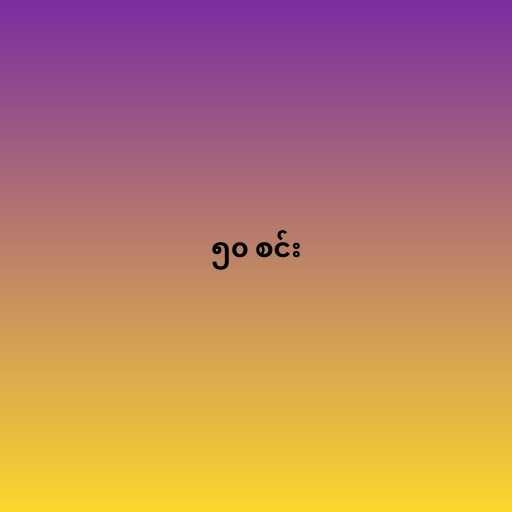
၅၀ စင်း